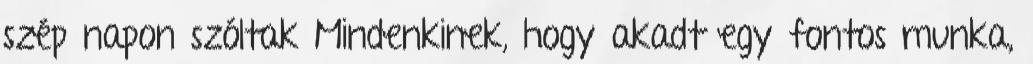
szép napon szóltak Mindenkinek, hogy akadt egy fontos munka,